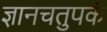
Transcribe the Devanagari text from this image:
ज्ञानचतुपकं